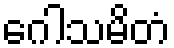
ဂေါသမိတံ